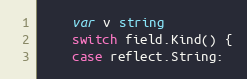
Language: Go
	var v string
	switch field.Kind() {
	case reflect.String: